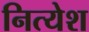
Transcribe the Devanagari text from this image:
नित्येश